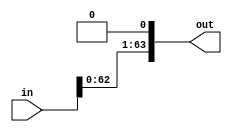
module ShiftUnit (in, out);
    
    input [63 : 0] in;
    output[63 : 0] out;

    assign out = in << 1;
    
endmodule